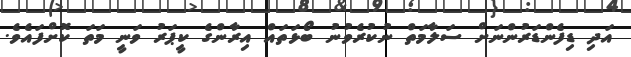
އަދި ޑިފެންޑަރުންނަށް ސަލާމަތް ނުކުރެވުނު ބޯޅަތައް އިރާންގެ ކީޕަރު ވަނީ މަތަ ކޮށްފައެވެ.